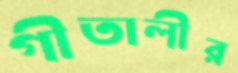
গীতালীর